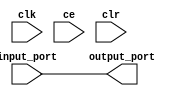
module sysgen_reinterpret_b8cde866f7 (
  input [(34 - 1):0] input_port,
  output [(34 - 1):0] output_port,
  input clk,
  input ce,
  input clr);
  wire signed [(34 - 1):0] input_port_1_40;
  wire [(34 - 1):0] output_port_5_5_force;
  assign input_port_1_40 = input_port;
  assign output_port_5_5_force = input_port_1_40;
  assign output_port = output_port_5_5_force;
endmodule